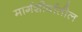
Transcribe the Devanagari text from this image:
मार्गशीर्षातील